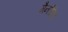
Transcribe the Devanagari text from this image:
मैनडेटेड